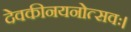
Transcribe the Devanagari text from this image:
देवकीनयनोत्सवः।